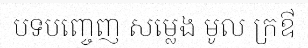
បទបញ្ចេញ សម្លេង មូល ក្រឳ